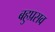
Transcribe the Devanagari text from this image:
बहुप्रसव